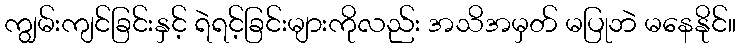
ကျွမ်းကျင်ခြင်းနှင့် ရဲရင့်ခြင်းများကိုလည်း အသိအမှတ် မပြုဘဲ မနေနိုင်။